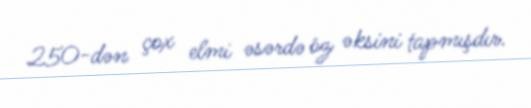
250-dən çox elmi əsərdə öz əksini tapmışdır.